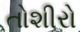
તોશીરો